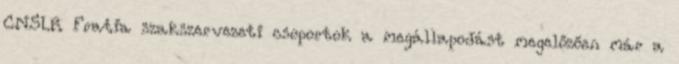
CNSLR Fratia szakszervezeti csoportok a megállapodást megelőzően már a